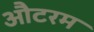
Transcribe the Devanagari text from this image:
औटरम